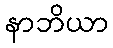
နာဘိယာ